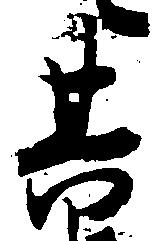
其